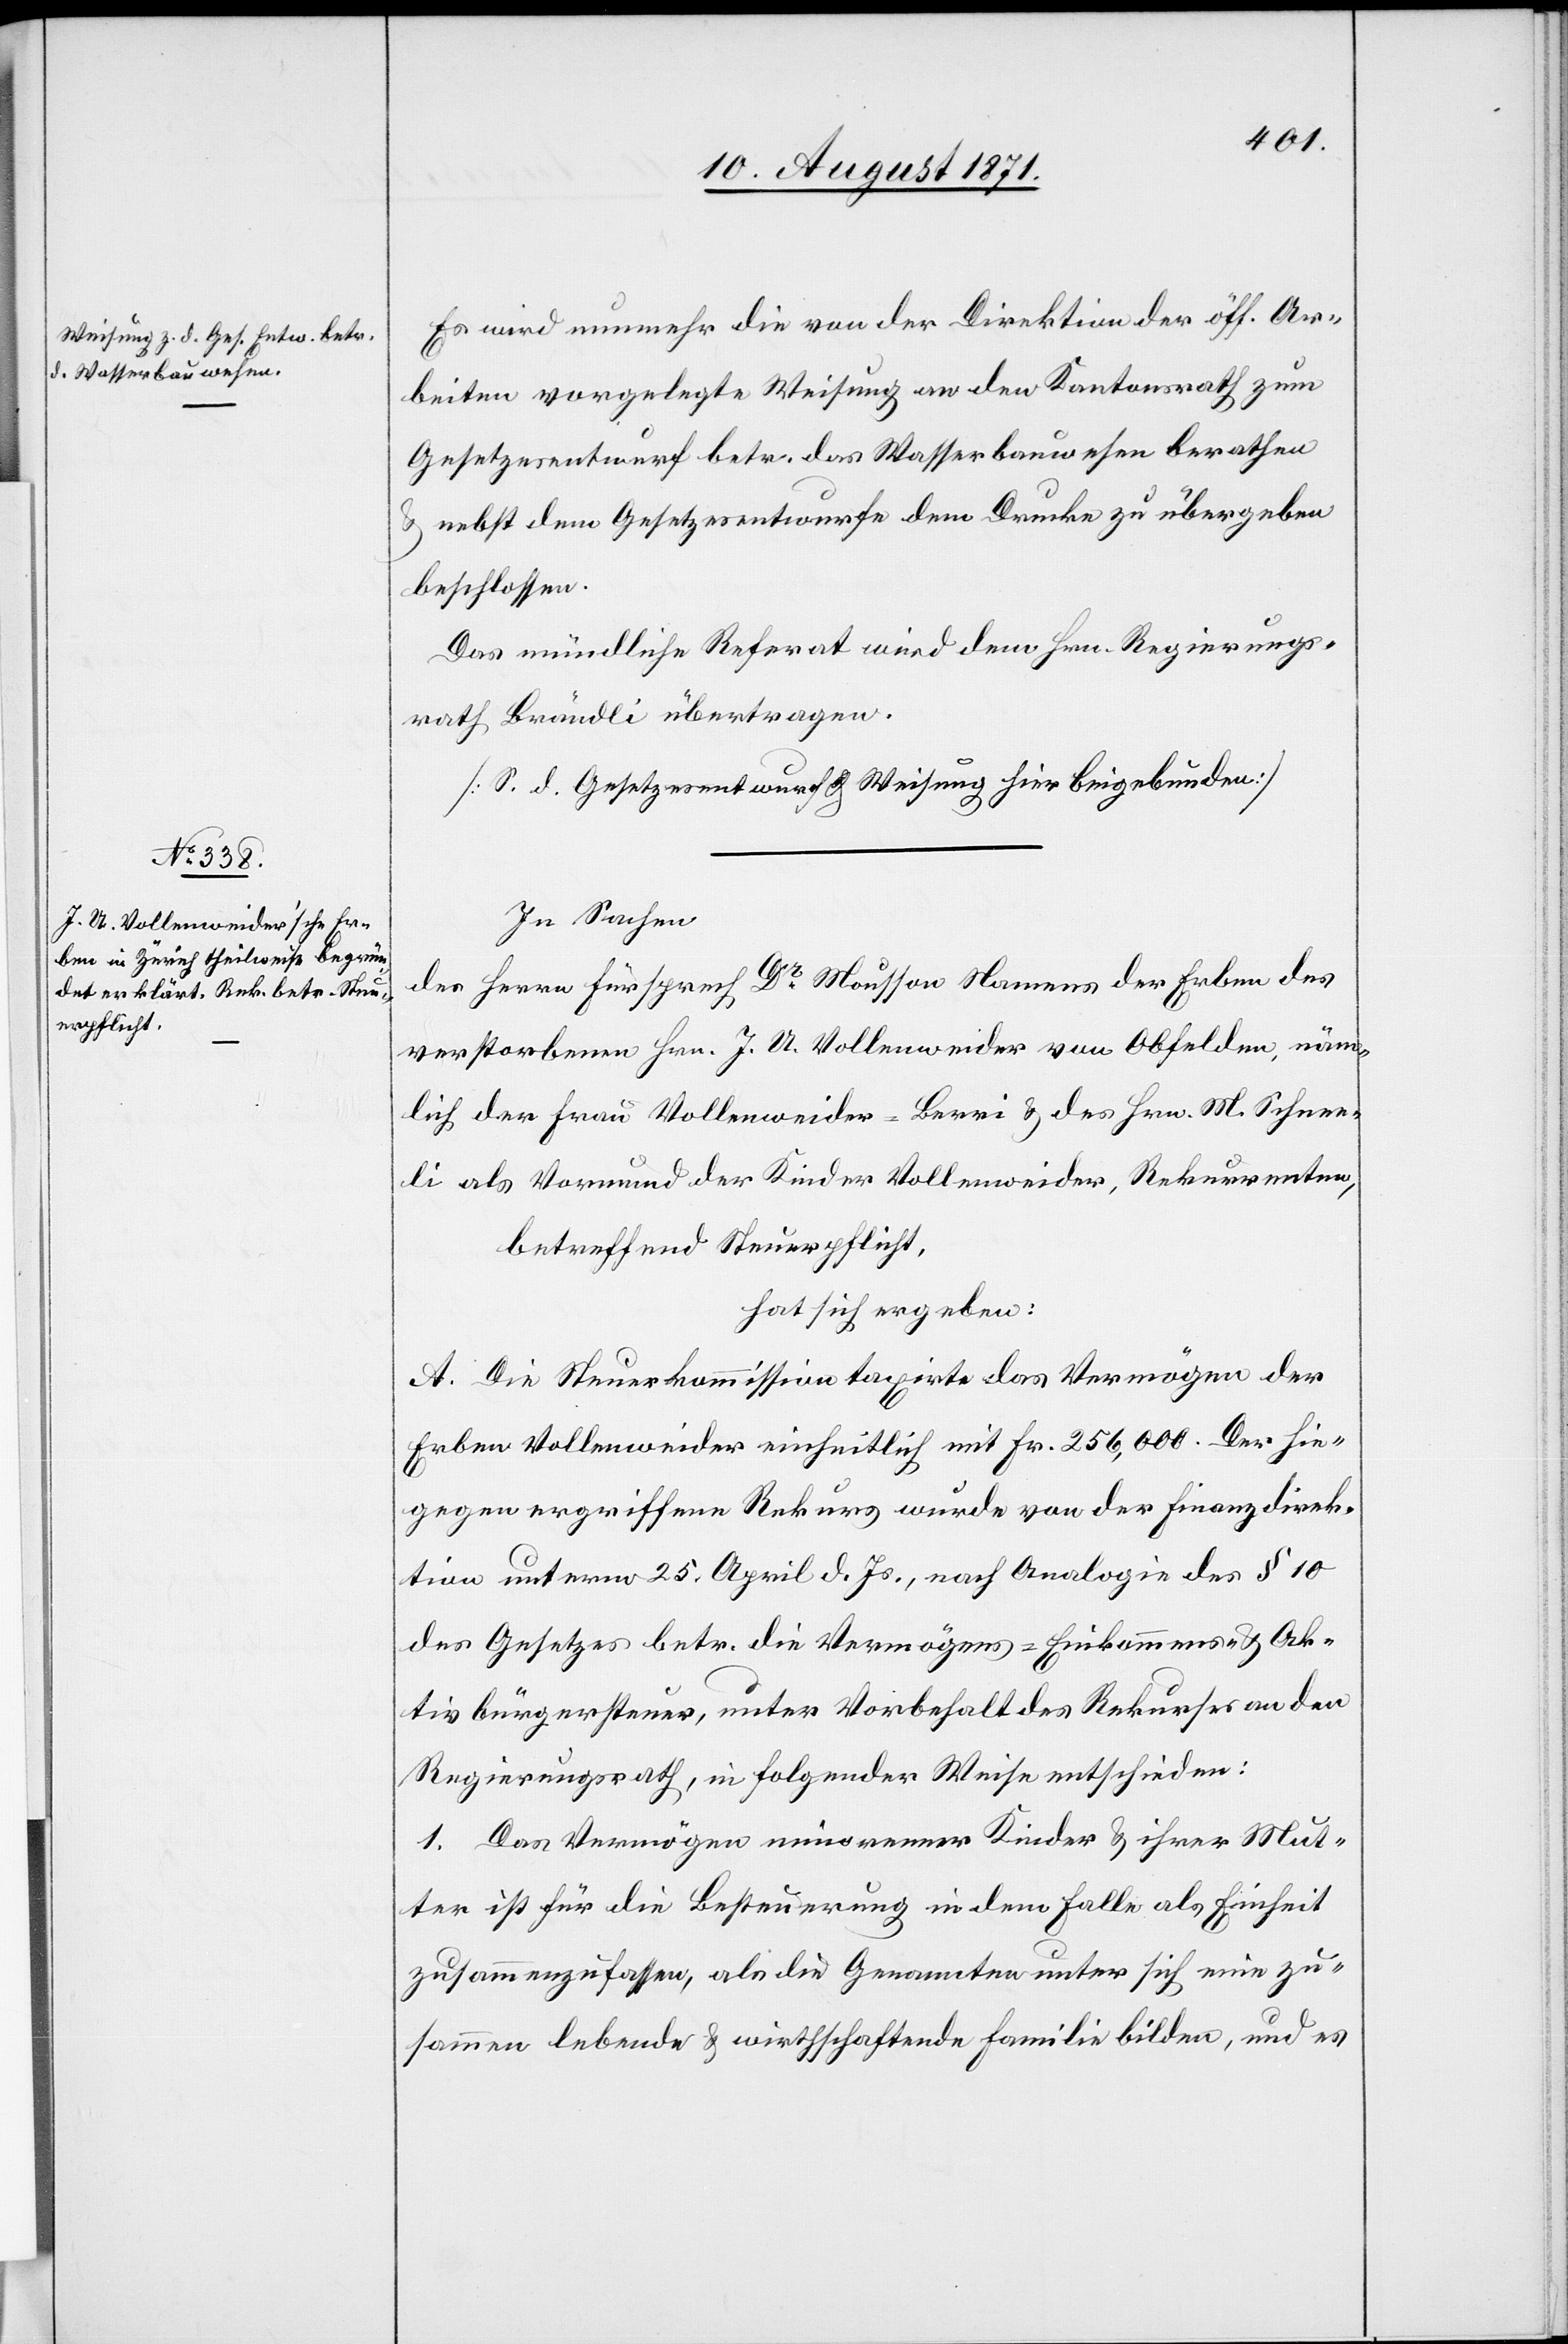
Es wird nunmehr die von der Direktion der öff. Ar¬
beiten vorgelegte Weisung an den Kantonsrath zum
Gesetzesentwurf betr. des Wasserbauwesen berathen
& nebst dem Gesetzesentwurfe dem Drucke zu übergeben
beschlossen.
Das mündliche Referat wird dem Hrn. Regierungs¬
rath Brändli übertragen.
[S. d. Gesetzesentwurf & Weisung hier beigebunden]
In Sachen
des Herrn Fürsprech Dr Mousson Namens der Erben des
verstorbenen Hrn. J. U. Vollenweider von Obfelden, näm¬
lich der Frau Vollenweider-Berni & des Hrn. M. Scherr¬
li als Vormund der Kinder Vollenweider, Rekurrenten,
betreffend Steuerpflicht,
hat sich ergeben:
A. Die Steuerkommission taxirte das Vermögen der
Erben Vollenweider einheitlich mit Fr. 256,000. Der hie¬
gegen ergriffene Rekurs wurde von der Finanzdirek¬
tion unter 25. April d. Js., nach Analogie des § 10
des Gesetzes betr. die Vermögens- Einkommens- & Ak¬
tivbürgersteuer, unter Vorbehalt des Rekurses an den
Regierungsrath, in folgender Weise entschieden:
1. Das Vermögen minorenner Kinder & ihrer Müt¬
ter ist für die Besteuerung in dem Falle als Einheit
zusammenzufassen, als die Genannten unter sich eine zu¬
sammen lebende & wirthschaftende Familie bilden, und es